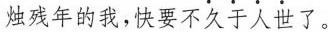
烛残年的我，快要不久于人世了。